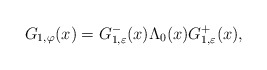
\begin{align*}G_{1, \varphi}(x) = G^-_{1,\varepsilon}(x) \Lambda_0(x) G^+_{1,\varepsilon}(x),\end{align*}